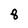
Character: 8